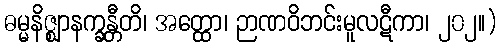
ဓမ္မနိဇ္ဈာနက္ခန္တီတိ၊ အတ္ထော၊ ဉာဏဝိဘင်းမူလဋီကာ၊ ၂၀၂။)